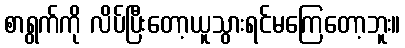
စာရွက်ကို လိပ်ပြီးတော့ယူသွားရင်မကြေတော့ဘူး။